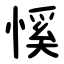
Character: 慀